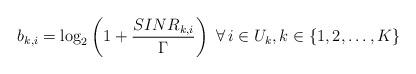
LaTeX: \begin{align*} b_{k,i}=\log_2 \left(1+\frac{{SINR}_{k,i}}{\Gamma}\right)\,\,\forall \,i \in U_k, k \in \{1,2,\dots,K\} \end{align*}